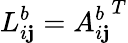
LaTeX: L_{i\mathbf{j}}^{b}={A_{i\mathbf{j}}^{b}}^{T}